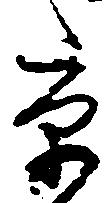
京